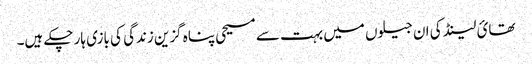
تھائ لینڈ کی ان جیلوں میں بہت سے مسیحی پناہ گزین زندگی کی بازی ہار چکے ہیں۔